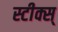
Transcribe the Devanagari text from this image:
स्टीक्स्